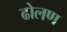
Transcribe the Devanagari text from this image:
ढोलण